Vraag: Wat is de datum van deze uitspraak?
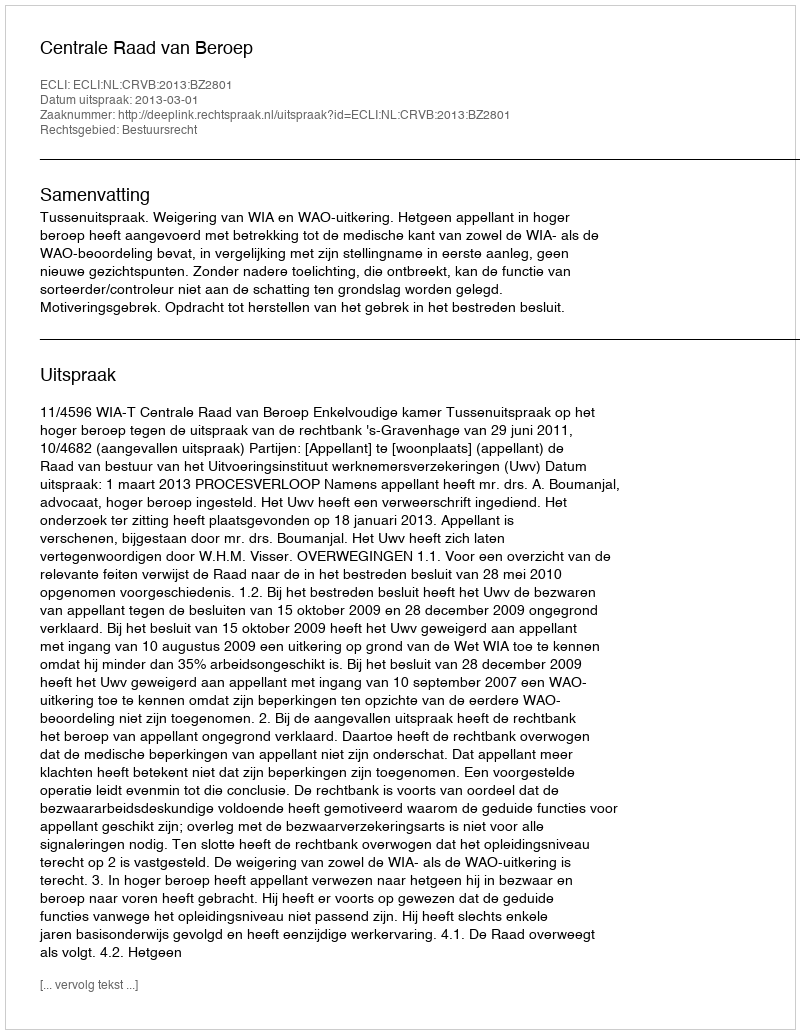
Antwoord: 2013-03-01